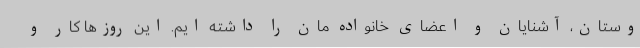
وستان، آشنایان و اعضای خانواده مان را داشته ایم. این روزها کار و